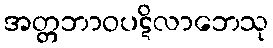
အတ္တဘာဝပဋိလာဘေသု